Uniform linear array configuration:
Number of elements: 16
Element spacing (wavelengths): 1
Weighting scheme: cosine
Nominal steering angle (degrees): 45
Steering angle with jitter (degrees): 46.221
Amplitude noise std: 0.05
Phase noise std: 0.05

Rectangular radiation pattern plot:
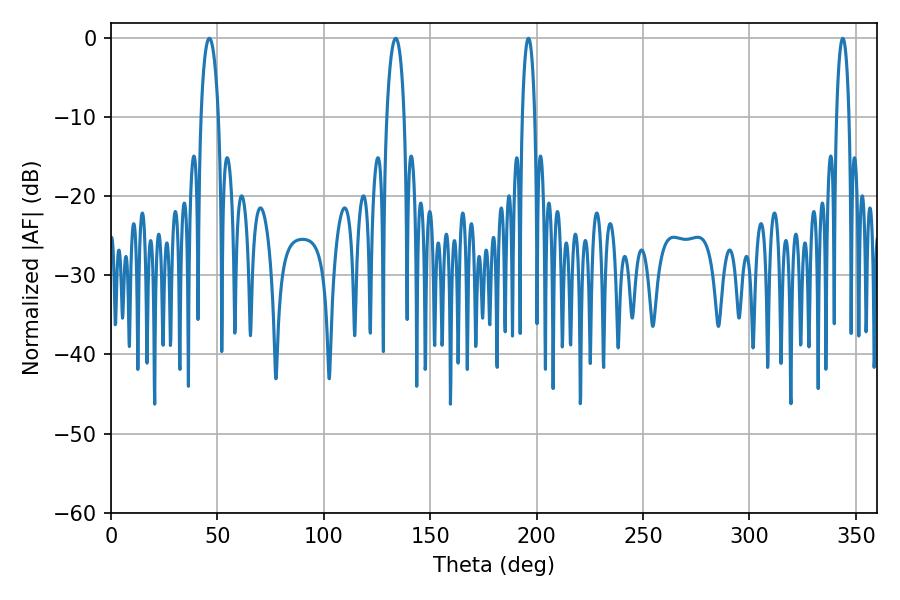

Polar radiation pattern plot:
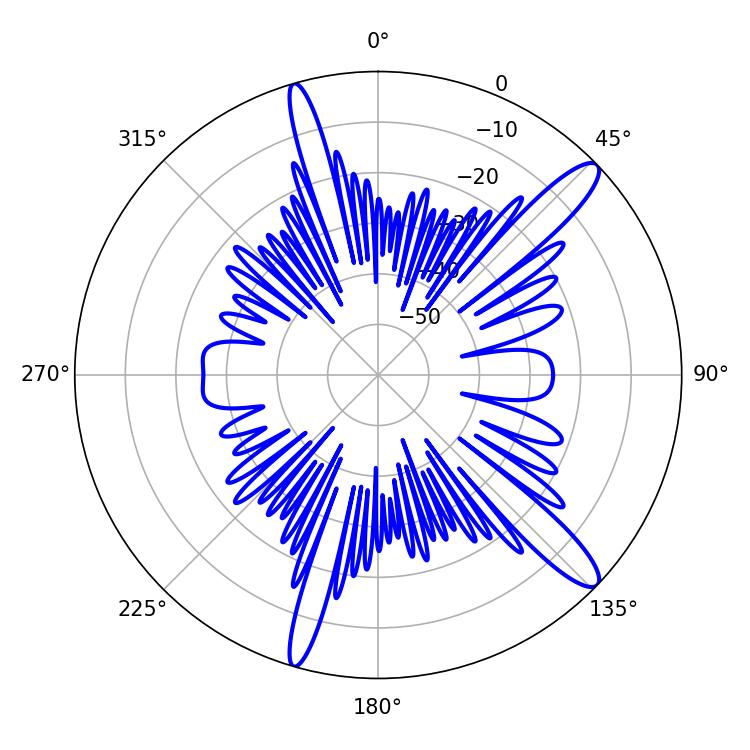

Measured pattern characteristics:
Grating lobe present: TRUE
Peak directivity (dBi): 13.286
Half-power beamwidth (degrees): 4.68
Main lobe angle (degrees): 46.26